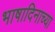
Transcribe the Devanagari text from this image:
भाषादिनाच्या